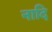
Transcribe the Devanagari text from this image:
नादि